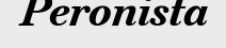
Peronista